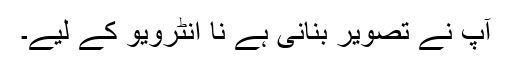
آپ نے تصویر بنانی ہے نا انٹرویو کے لیے۔